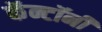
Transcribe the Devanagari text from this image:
कॅन्टॉनी